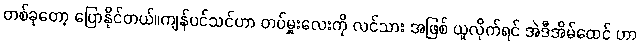
တစ်ခုတော့ ပြောနိုင်တယ်။ကျန်ပင်သင်ဟာ တပ်မှူးလေးကို လင်သား အဖြစ် ယူလိုက်ရင် အဲဒီအိမ်ထေင် ဟာ